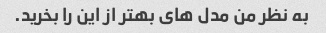
به نظر من مدل های بهتر از این را بخرید.